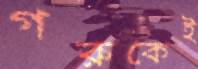
গরুকেই